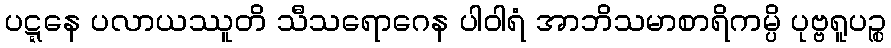
ပဋ္ဋနေ ပလာယဿူတိ သီသရောဂေန ပါဝါရံ အာဘိသမာစာရိကမ္ပိ ပုဗ္ဗရူပဉ္စ